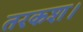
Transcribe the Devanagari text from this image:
तरकश।